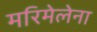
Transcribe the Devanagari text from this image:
मरिमेलेना